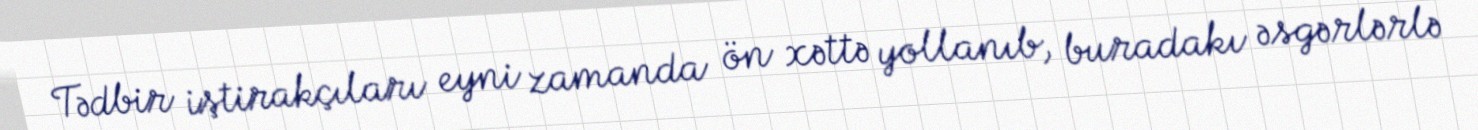
Tədbir iştirakçıları eyni zamanda ön xəttə yollanıb, buradakı əsgərlərlə